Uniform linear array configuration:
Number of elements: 4
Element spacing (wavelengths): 1
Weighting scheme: blackman
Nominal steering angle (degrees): -45
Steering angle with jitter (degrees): -46.555
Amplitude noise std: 0.05
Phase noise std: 0.05

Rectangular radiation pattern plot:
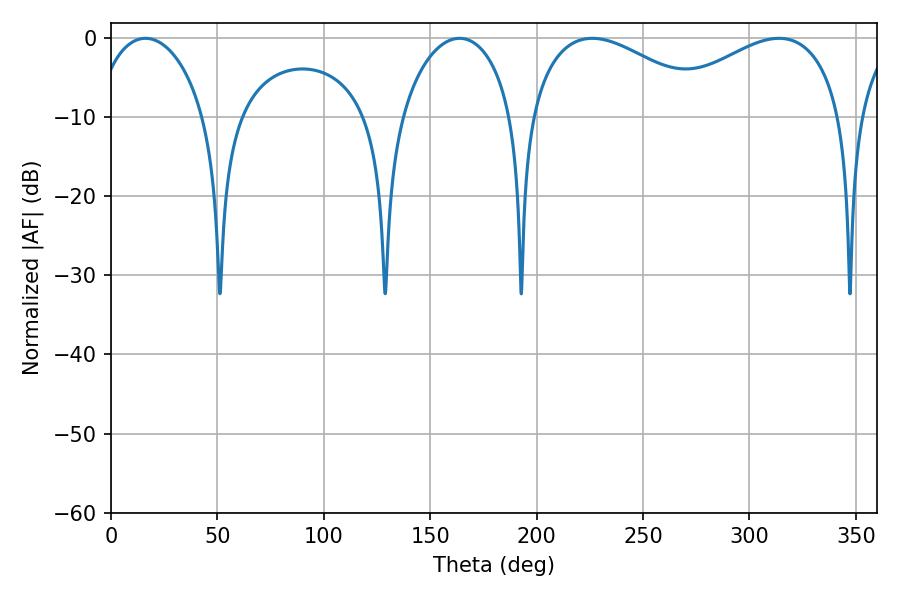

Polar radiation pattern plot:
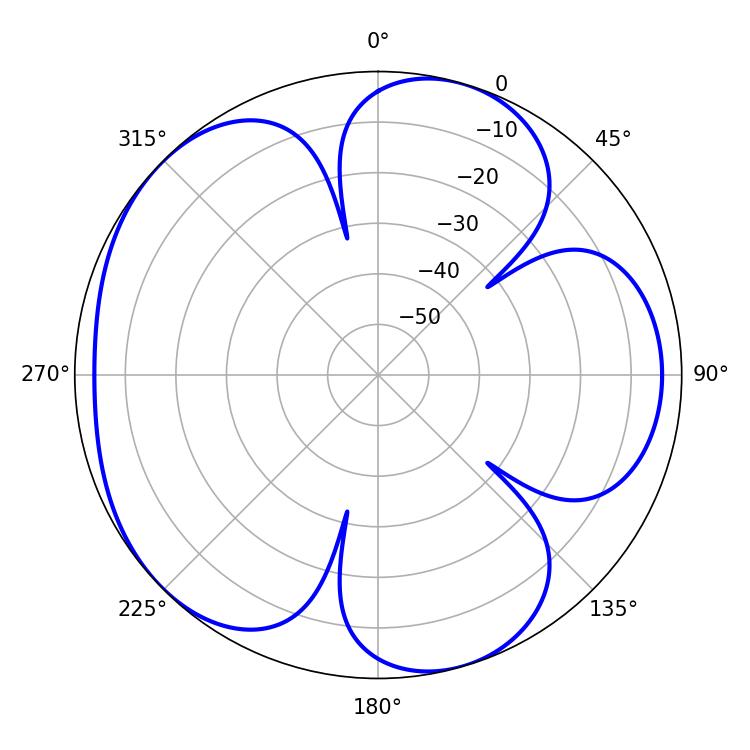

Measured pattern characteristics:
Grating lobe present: TRUE
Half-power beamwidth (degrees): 30.06
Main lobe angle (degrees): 16.2